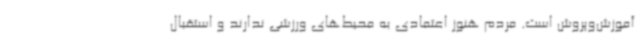
آموزش‌وپروش است. مردم هنوز اعتمادی به محیط‌های ورزشی ندارند و استقبال